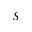
S